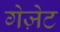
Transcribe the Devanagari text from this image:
गेज़ेट